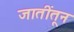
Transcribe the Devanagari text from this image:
जातींतून